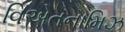
વિએતનામિઝ